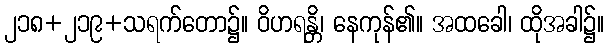
၂၁၈+၂၁၉+သရက်တော၌။ ဝိဟရန္တိ၊ နေကုန်၏။ အထခေါ၊ ထိုအခါ၌။